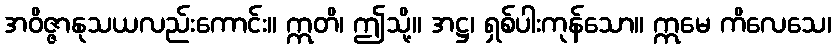
အဝိဇ္ဇာနုသယလည်းကောင်း။ ဣတိ၊ ဤသို့။ အဋ္ဌ၊ ရှစ်ပါးကုန်သော။ ဣမေ ကိလေသေ၊